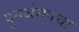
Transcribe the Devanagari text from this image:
पुनर्जन्माचा